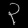
Digit: ၃